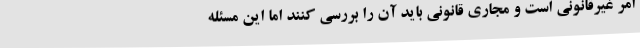
امر غیرقانونی است و مجاری قانونی باید آن را بررسی کنند اما این مسئله